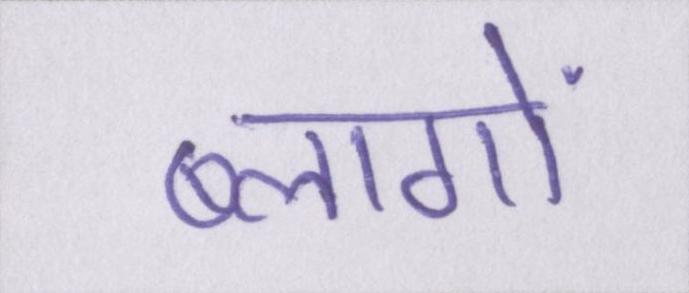
ब्लागों